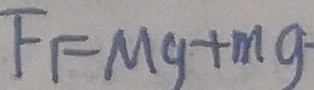
F _ { 1 } = M g + m g